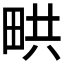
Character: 𤱨